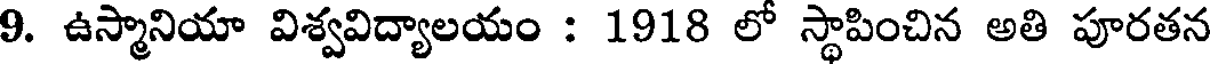
9. ఉస్మానియా విశ్వవిద్యాలయం : 1918 లో స్థాపించిన అతి పూరతన